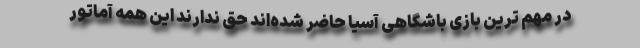
در مهم ترین بازی باشگاهی آسیا حاضر شده‌اند حق ندارند این همه آماتور